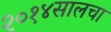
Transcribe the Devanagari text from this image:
२०१४सालचा